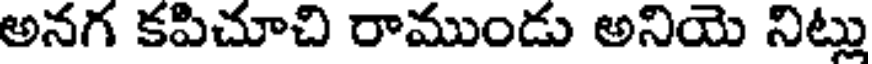
అనగ కపిచూచి రాముండు అనియె నిట్లు